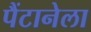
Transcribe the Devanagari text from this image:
पैंटानेला